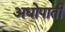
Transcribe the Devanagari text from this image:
अधोपाती